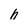
Character: h